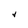
Character: V